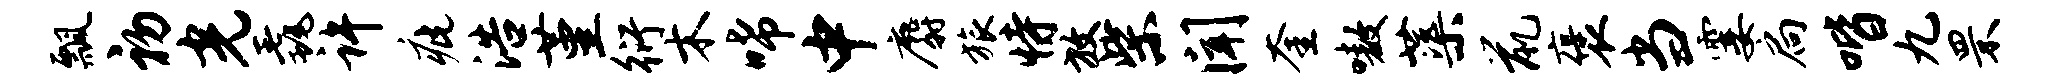
瓢初光毳许疵浩堇衍木唏中麝旅恃放柴闻奎嗷蕖鼠褒当霎扃喈九罘